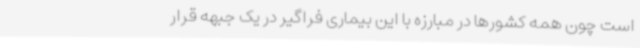
است چون همه کشورها در مبارزه با این بیماری فراگیر در یک جبهه قرار